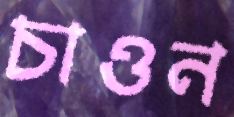
চাওন